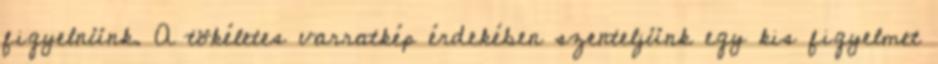
figyelnünk. A tökéletes varratkép érdekében szenteljünk egy kis figyelmet